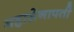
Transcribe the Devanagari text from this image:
महासेनापती